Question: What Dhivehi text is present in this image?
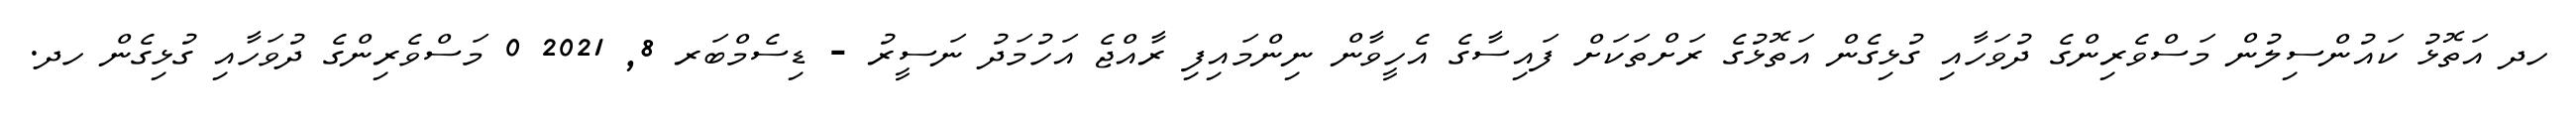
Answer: ހދ އަތޮޅު ކައުންސިލުން މަސްވެރިންގެ ދުވަހާއި ގުޅިގެން އަތޮޅުގެ ރަށްތަކަށް ފައިސާގެ އެހީވާން ނިންމައިފި ރާއްޖެ އަހުމަދު ނަސީރު - ޑިސެމްބަރ 8, 2021 0 މަސްވެރިންގެ ދުވަހާއި ގުޅިގެން ހދ.